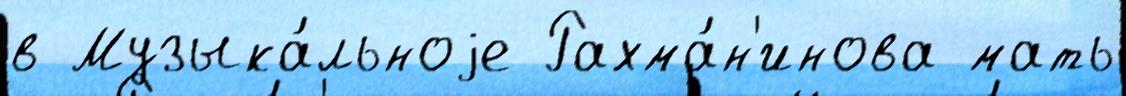
в Музыка́льноjе Рахма́н'инова мать